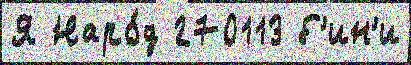
Я Наро́д 270113 б'ин'и